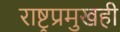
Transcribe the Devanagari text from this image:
राष्ट्रप्रमुखही